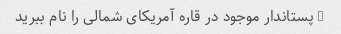
5 پستاندار موجود در قاره آمریکای شمالی را نام ببرید